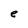
Character: e